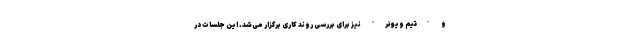
و "تیم ویوئر" نیز برای بررسی روند کاری برگزار می‌شد. این جلسات در